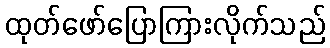
ထုတ်ဖော်ပြောကြားလိုက်သည်